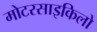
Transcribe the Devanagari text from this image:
मोटरसाइकिलो